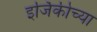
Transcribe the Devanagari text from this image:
इर्जिकीच्या